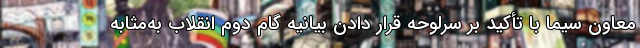
معاون سیما با تأکید بر سرلوحه قرار دادن بیانیه گام دوم انقلاب به‌مثابه